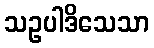
သဥပါဒိသေသာ